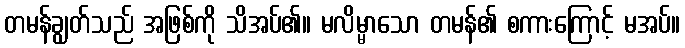
တမန်ချွတ်သည် အဖြစ်ကို သိအပ်၏။ မလိမ္မာသော တမန်၏ စကားကြောင့် မအပ်။